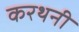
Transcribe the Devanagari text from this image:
करथनी